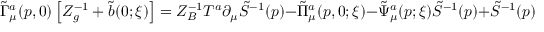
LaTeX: \tilde { \Gamma } _ { \mu } ^ { a } ( p , 0 ) \left[ Z _ { g } ^ { - 1 } + \tilde { b } ( 0 ; \xi ) \right] = Z _ { B } ^ { - 1 } T ^ { a } \partial _ { \mu } \tilde { S } ^ { - 1 } ( p ) - \tilde { \Pi } _ { \mu } ^ { a } ( p , 0 ; \xi ) - \tilde { \Psi } _ { \mu } ^ { a } ( p ; \xi ) \tilde { S } ^ { - 1 } ( p ) + \tilde { S } ^ { - 1 } ( p ) \tilde { \Psi } _ { \mu } ^ { a } ( p ; \xi ) ,